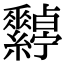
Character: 𦈀